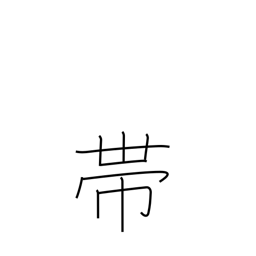
Meaning: sash